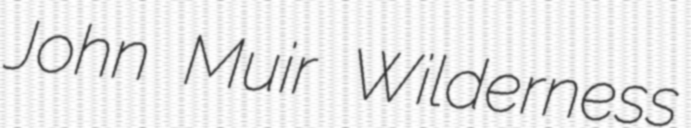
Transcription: John Muir Wilderness